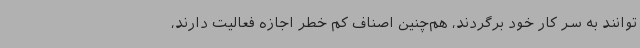
توانند به سر کار خود برگردند، هم‌چنین اصناف کم خطر اجازه فعالیت دارند،